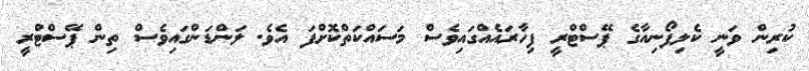
ކުރިން ވަނީ ކެލިފޯނިއާގެ ޕޭސްޓްރީ ފިހާރައެއްގައިވެސް މަސައްކަތްކޮށްފަ އެވެ. ލަންޑަންގައިވެސް ތިން ޕޭސްޓްރީ